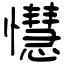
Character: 懳